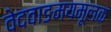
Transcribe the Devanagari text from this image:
वेदवाङमयमूलक